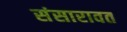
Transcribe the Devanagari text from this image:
संसारावत